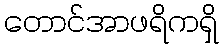
တောင်အာဖရိကရှိ